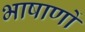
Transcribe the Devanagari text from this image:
भाषाणों